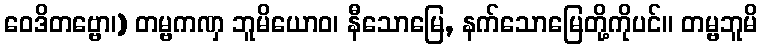
ဝေဒိတဗ္ဗော၊) တမ္ဗကဏှ ဘူမိယောဝ၊ နီသောမြေ, နက်သောမြေတို့ကိုပင်။ တမ္ဗဘူမိ